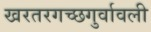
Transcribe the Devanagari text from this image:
खरतरगच्छगुर्वावली